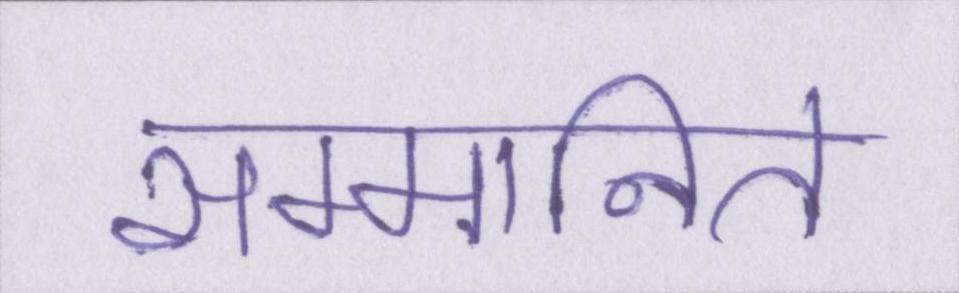
सम्मानित